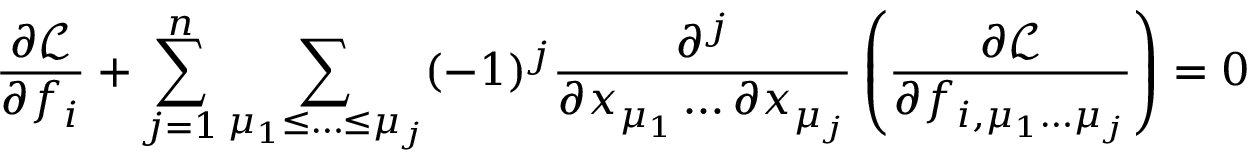
{ \frac { \partial { \mathcal { L } } } { \partial f _ { i } } } + \sum _ { j = 1 } ^ { n } \sum _ { \mu _ { 1 } \leq \ldots \leq \mu _ { j } } ( - 1 ) ^ { j } { \frac { \partial ^ { j } } { \partial x _ { \mu _ { 1 } } \dots \partial x _ { \mu _ { j } } } } \left( { \frac { \partial { \mathcal { L } } } { \partial f _ { i , \mu _ { 1 } \dots \mu _ { j } } } } \right) = 0